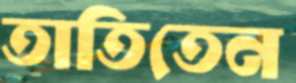
তাতিতেন